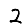
Digit: 2